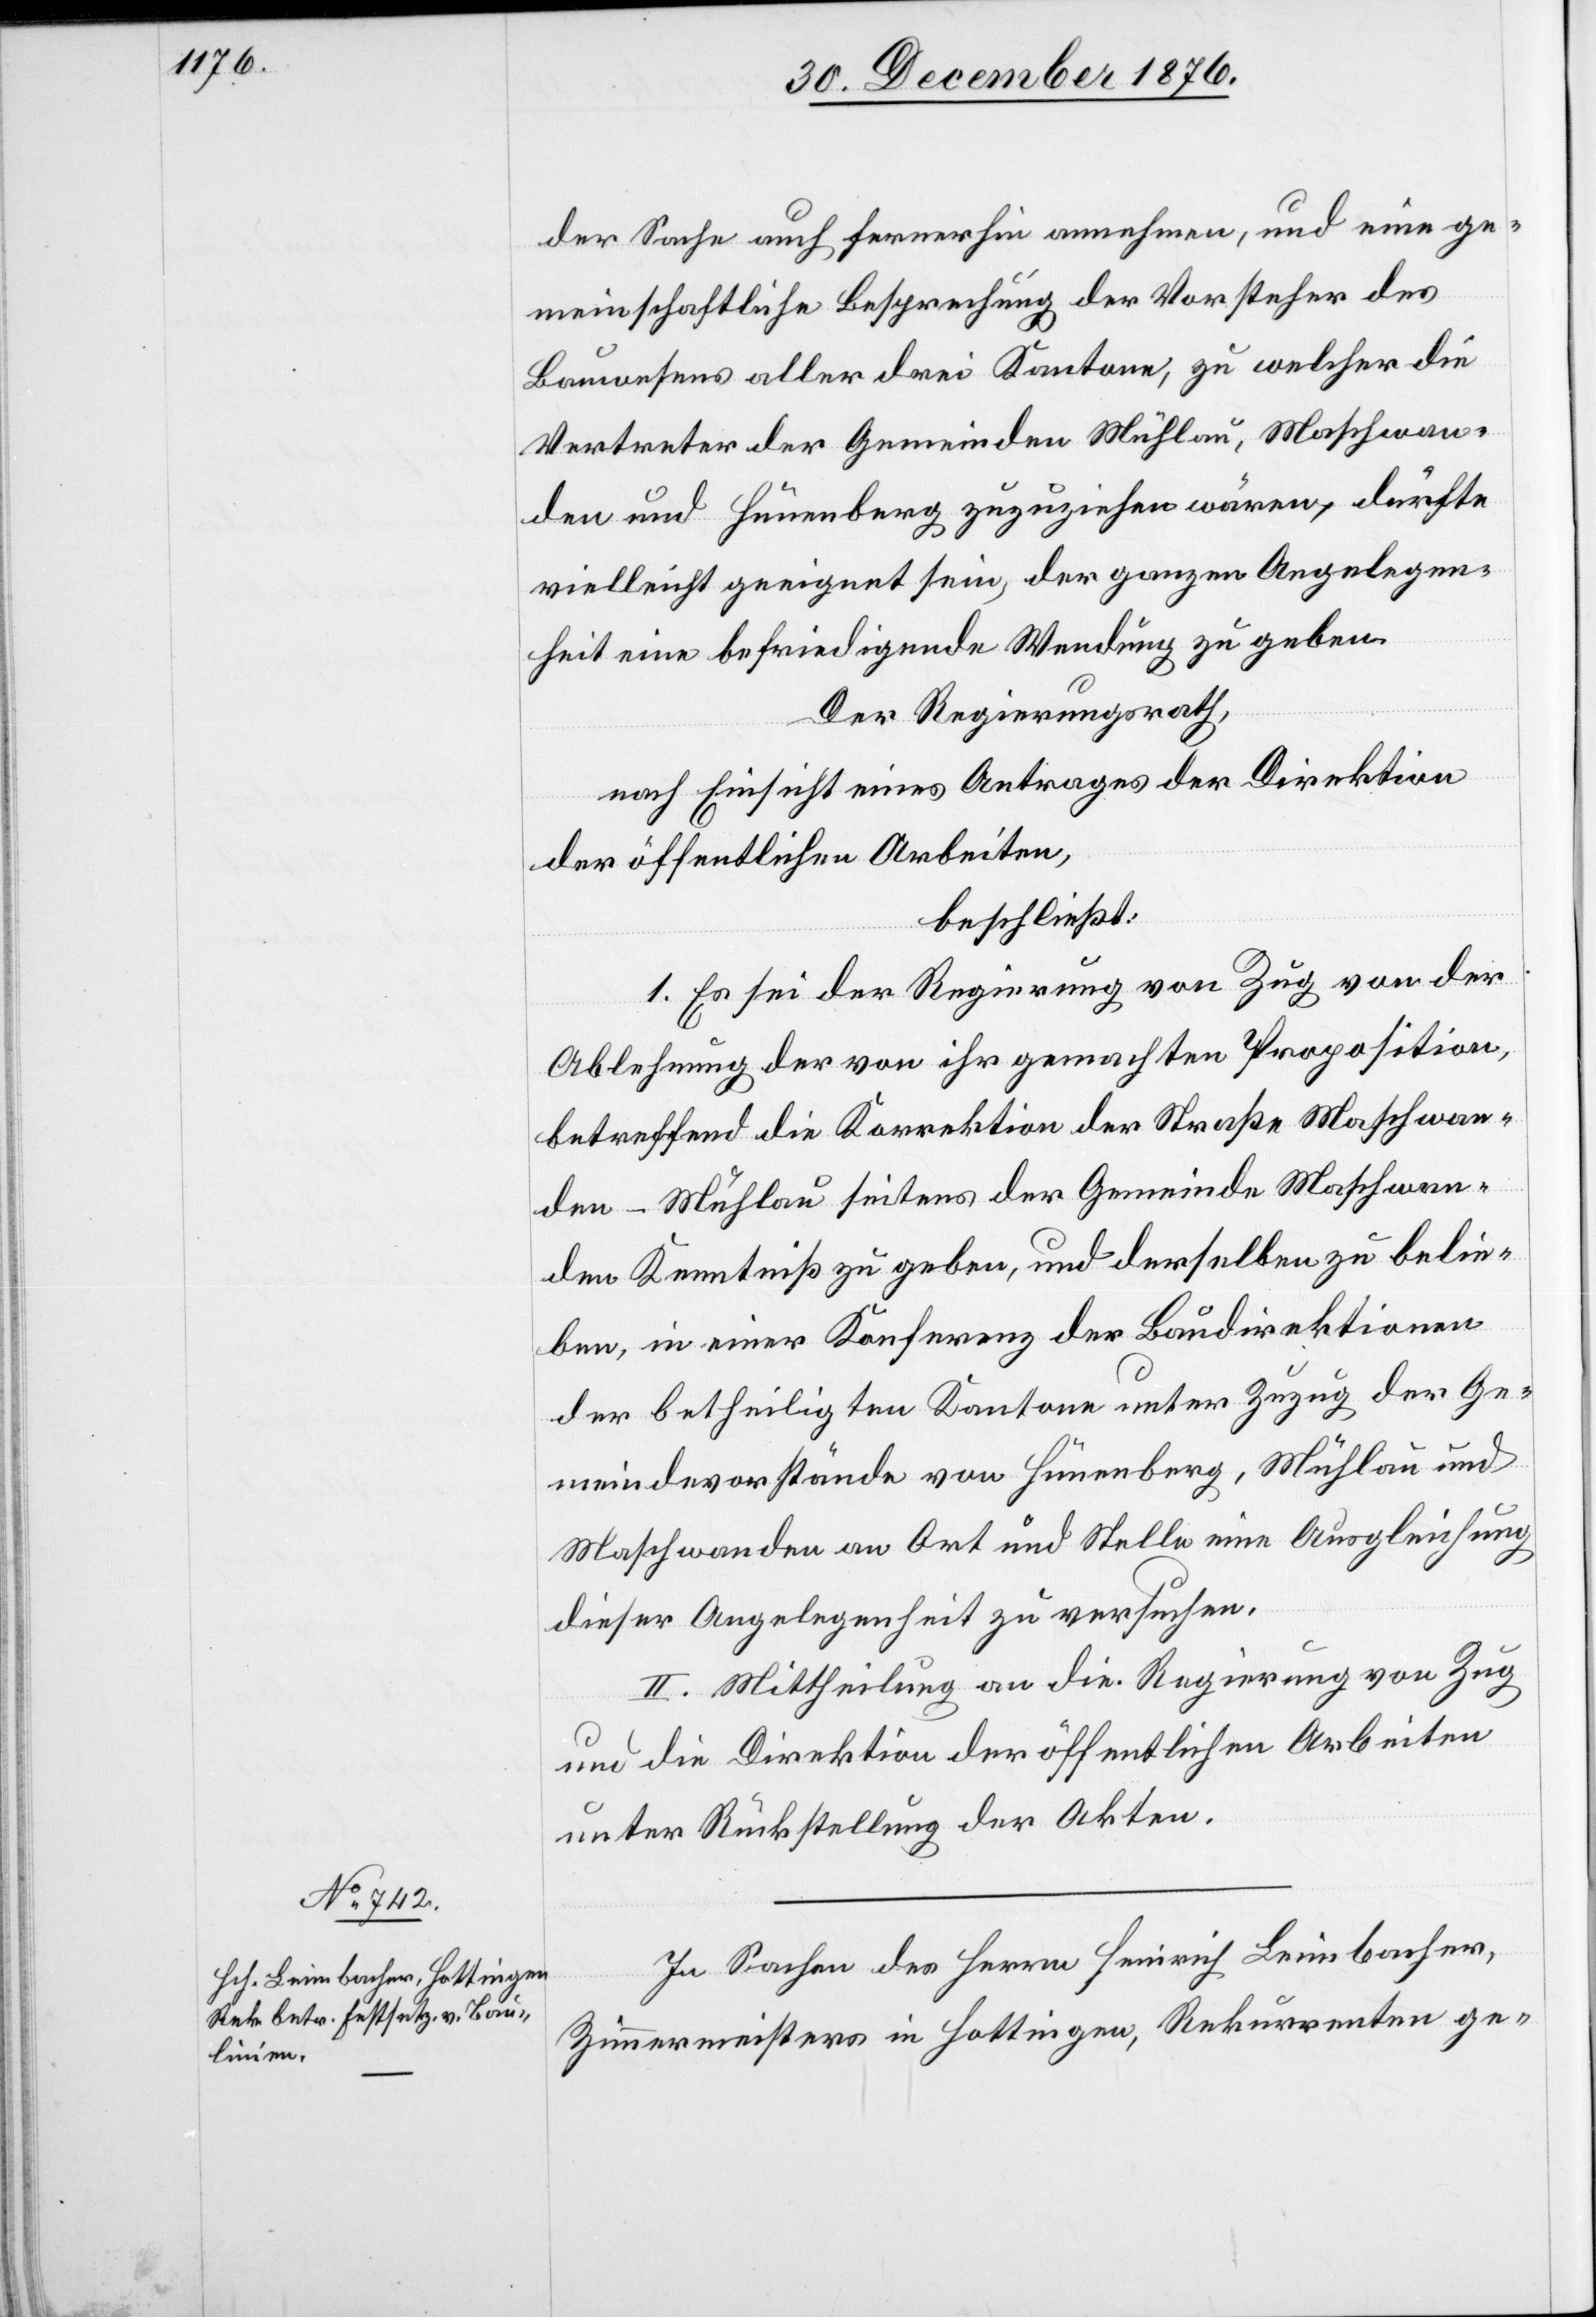
der Sache auch fernerhin annehmen, und eine ge¬
meinschaftliche Besprechung der Vorsteher des
Bauwesens aller drei Kantone, zu welcher die
Vertreter der Gemeinden Mühlau, Maschwan¬
den und Hünenberg zuzuziehen wären, dürfte
vielleicht geeignet sein, der ganzen Angelegen¬
heit eine befriedigende Wendung zu geben.
Der Regierungsrath,
nach Einsicht eines Antrages der Direktion
der öffentlichen Arbeiten,
beschließt:
1. Es sei der Regierung von Zug von der
Ablehnung der von ihr gemachten Proposition,
betreffend die Korrektion der Straße Maschwan¬
den–Mühlau seitens der Gemeinde Maschwan¬
den Kenntniß zu geben, und derselben zu belie¬
ben, in einer Konferenz der Baudirektionen
der betheiligten Kantone unter Zuzug der Ge¬
meindevorstände von Hünenberg, Mühlau und
Maschwanden an Ort und Stelle eine Ausgleichung
dieser Angelegenheit zu versuchen.
II. Mittheilung an die Regierung von Zug
und die Direktion der öffentlichen Arbeiten
unter Rückstellung der Akten.
In Sachen des Herrn Heinrich Leimbacher,
Zimmermeisters in Hottingen, Rekurrenten ge-